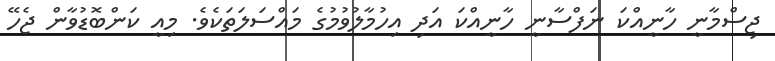
ޖިސްމާނީ ހާނީއްކަ ނަފްސާނީ ހާނީއްކަ އަދި އިހުމާލުވުމުގެ މައްސަލަތަކެވެ. މިއީ ކަންބޮޑުވާން ޖެހޭ